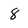
Character: 8